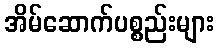
အိမ်ဆောက်ပစ္စည်းများ